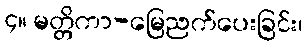
၄။ မတ္တိကာ-မြေညက်ပေးခြင်း၊